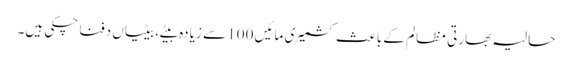
حالیہ بھارتی مظالم کے باعث کشمیری مائیں 100 سے زیادہ بیٹے، بیٹیاں دفنا چکی ہیں۔